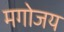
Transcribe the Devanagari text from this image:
मगोजय